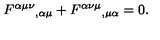
F ^ { \alpha \mu \nu } { } _ { , \alpha \mu } + F ^ { \alpha \nu \mu } { } _ { , \mu \alpha } = 0 .